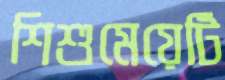
শিশুমেয়েটি